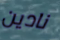
نادين